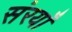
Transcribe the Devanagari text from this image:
संरयाँ